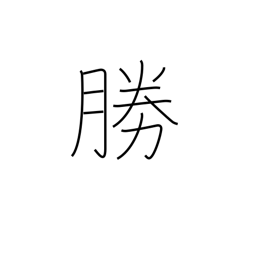
Meaning: prevail